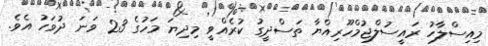
މިއިސްލާހު ރައީސުލްޖުމްހޫރިއްޔާ ތަސްދީގު ކުރެއްވީ މިދިޔަ މަހުގެ 23 ވަނަ ދުވަހު އެވެ.